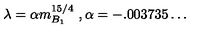
\lambda = \alpha m _ { B _ { 1 } } ^ { 1 5 / 4 } \ , \alpha = - . 0 0 3 7 3 5 \ldots